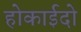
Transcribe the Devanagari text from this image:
होकाईदो